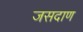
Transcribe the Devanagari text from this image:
जसदाण